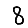
Digit: 8